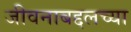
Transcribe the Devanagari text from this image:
जीवनाबद्दलच्या